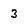
Character: 3